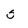
Character: 5